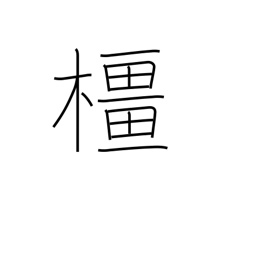
Meaning: oak